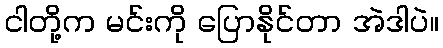
ငါတို့က မင်းကို ပြောနိုင်တာ အဲဒါပဲ။